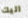
اليك